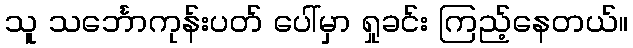
သူ သင်္ဘောကုန်းပတ် ပေါ်မှာ ရှုခင်း ကြည့်နေတယ်။